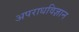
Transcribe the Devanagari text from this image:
अपराधविज्ञान